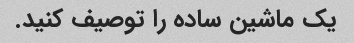
یک ماشین ساده را توصیف کنید.